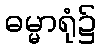
ဓမ္မာရုံ၌